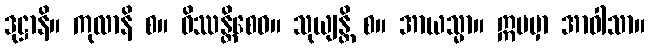
ဒုဋ္ဌာနိ။ ကုလာနိ စ။ ဝိဿန္တိစေဝ။ သုယျန္တိ စ။ အာယသ္မာ။ ဣမမှာ အာဝါသာ။